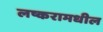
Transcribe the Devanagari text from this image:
लष्करामधील